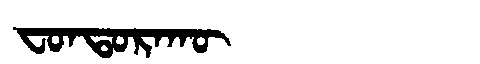
Manchu: ᠸᠣᠨᡨᠣᡵᠠᡴᡡ
Romanization: FONTORAKŪ